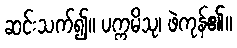
ဆင်းသက်၍။ ပက္ကမိသု၊ ဖဲကုန်၏။